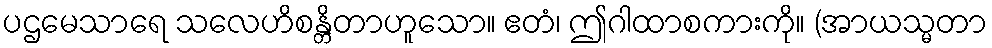
ပဌမေသာရေ သလေဟိစန္တိတာဟူသော။ ဧတံ၊ ဤဂါထာစကားကို။ (အာယသ္မတာ